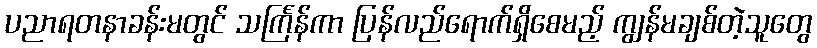
ပညာရတနာခန်းမတွင် သင်္ကြန်ကာ ပြန်လည်ရောက်ရှိစေမည့် ကျွန်မချစ်တဲ့သူတွေ